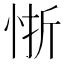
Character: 𭜻